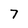
Character: 7